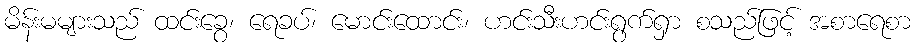
မိန်းမများသည် ထင်းခွေ၊ ရေခပ်၊ မောင်းထောင်း၊ ဟင်းသီးဟင်းရွက်ရှာ စသည်ဖြင့် အစာရေစာ